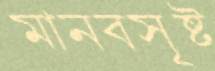
মানবসৃষ্ট